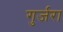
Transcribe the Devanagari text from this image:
गुर्जरा